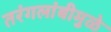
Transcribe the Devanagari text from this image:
तरंगलांबीमुळे